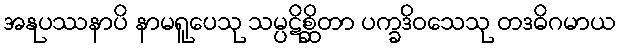
အနုပဿနာပိ နာမရူပေသု သမ္ပဋိစ္ဆိတာ ပက္ခဒိဝသေသု တဒဓိဂမာယ